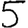
Digit: 5